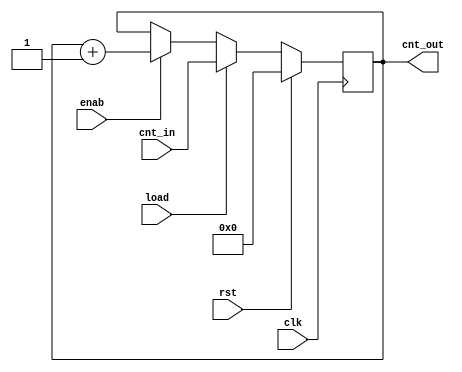
`timescale 1ns / 1ps
//////////////////////////////////////////////////////////////////////////////////
// Company: 
// Engineer: 
// 
// Design Name: 
// Module Name: counter
// Project Name: 
// Target Devices: 
// Tool Versions: 
// Description: 
// 
// Dependencies: 
// 
// Revision:
// Revision 0.01 - File Created
// Additional Comments:
// 
//////////////////////////////////////////////////////////////////////////////////


module counter
    #(parameter width = 5) 
    (
    input wire [width - 1 : 0] cnt_in,
    input wire clk, load, rst, enab,
    output reg [width - 1 : 0] cnt_out
    );
    
    always @(posedge clk)
    begin
        if (rst)
            cnt_out <= 0;
        else if (load)
            cnt_out <= cnt_in;
        else if (enab)
            cnt_out <= cnt_out + 1;
        else 
            cnt_out <= cnt_out;
    end
endmodule